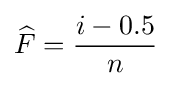
{\widehat {F}}={\frac {i-0.5}{n}}